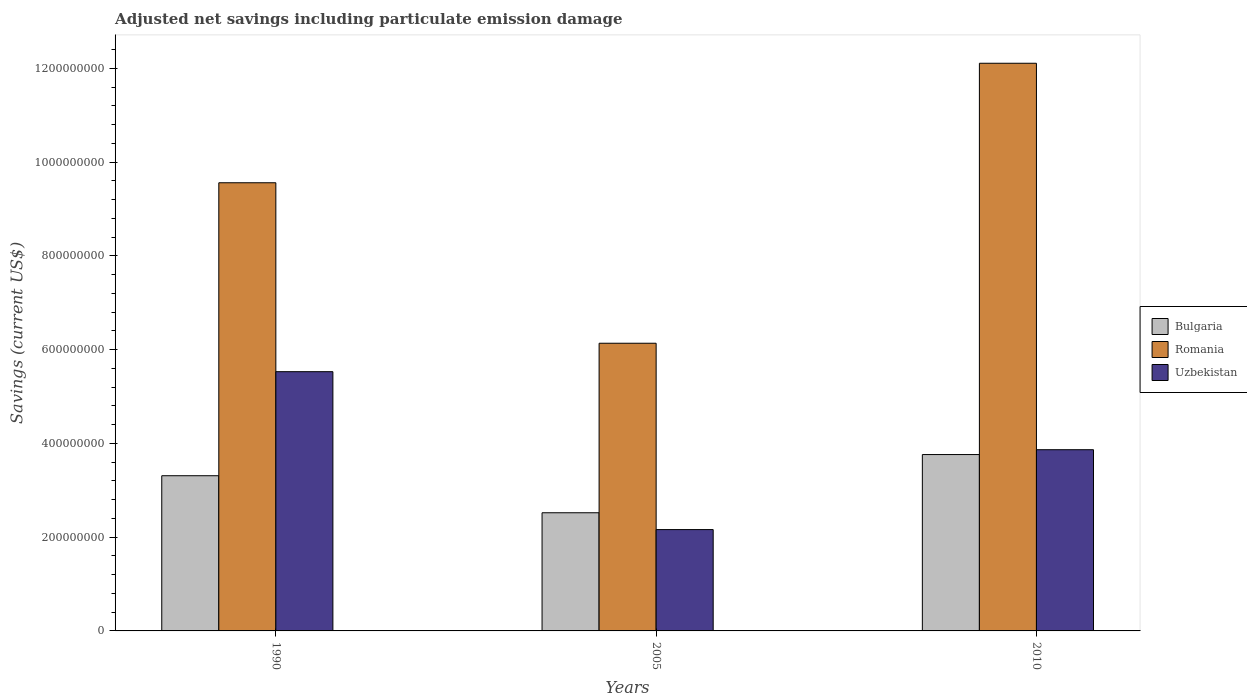
| Years | Bulgaria | Romania | Uzbekistan |
 | --- | --- | --- | --- |
 | 1990 | 3.31e+08 | 9.56e+08 | 5.53e+08 |
 | 2005 | 2.52e+08 | 6.14e+08 | 2.16e+08 |
 | 2010 | 3.76e+08 | 1.21e+09 | 3.87e+08 |